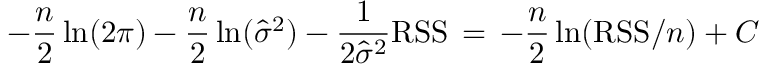
- { \frac { n } { 2 } } \ln ( 2 \pi ) - { \frac { n } { 2 } } \ln ( { \hat { \sigma } } ^ { 2 } ) - { \frac { 1 } { 2 { \hat { \sigma } } ^ { 2 } } } \mathrm { R S S } \, = \, - { \frac { n } { 2 } } \ln ( \mathrm { R S S } / n ) + C